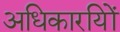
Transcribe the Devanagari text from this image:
अधिकारयिों